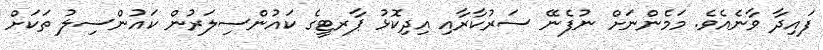
ފައިދާ ވާނެއެވެ. މަމެންނަށް ނުފެނޭ ސަރުކާރާއި އިދިކޮޅު ޕާރޓީގެ ކައުންސިލަރުން ކައުންސިލު ތަކަށް